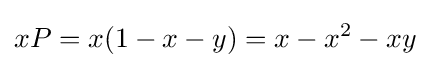
xP=x(1-x-y)=x-x^{2}-xy